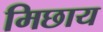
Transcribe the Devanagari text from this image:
मिछाय